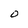
Character: O